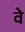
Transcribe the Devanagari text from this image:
वेे